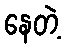
နေတဲ့